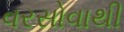
વરસોવાથી